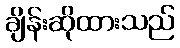
ချိန်းဆိုထားသည်